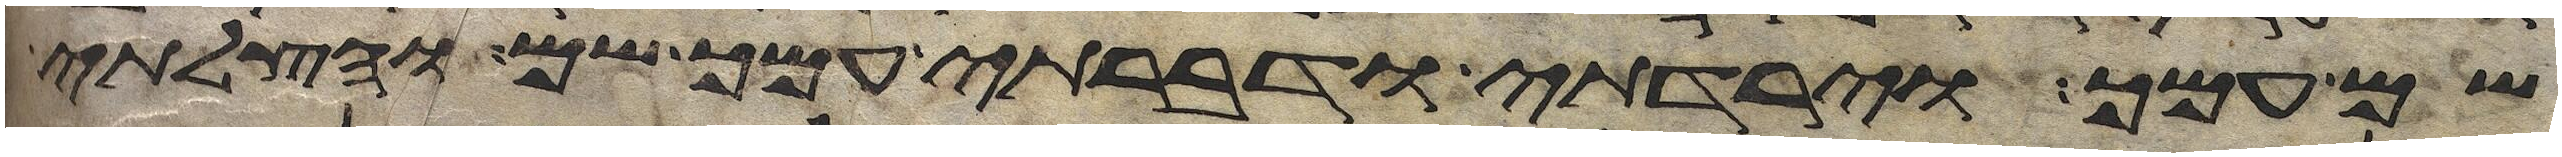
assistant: שם עמך וירדתי ודברתי עמך שם והצלתי